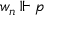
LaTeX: w _ { n } \Vdash p